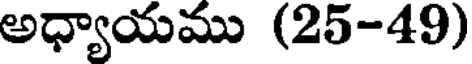
అధ్యాయము (25-49)